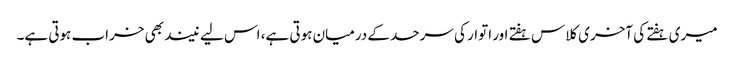
میری ہفتے کی آخری کلاس ہفتے اور اتوار کی سرحد کے درمیان ہوتی ہے، اس لیے نیند بھی خراب ہوتی ہے۔